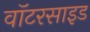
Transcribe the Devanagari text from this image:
वॉटरसाइड